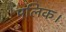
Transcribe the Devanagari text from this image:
मलिक।